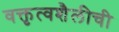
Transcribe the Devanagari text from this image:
वक्तृत्वशैलीची